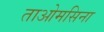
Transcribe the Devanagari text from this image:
ताओमसिना